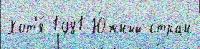
Хот'я́ 1981 Ю́жный стран